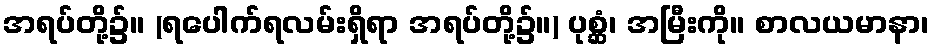
အရပ်တို့၌။ (ရပေါက်ရလမ်းရှိရာ အရပ်တို့၌။) ပုစ္ဆံ၊ အမြီးကို။ စာလယမာနာ၊